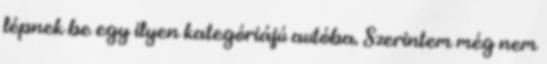
lépnek be egy ilyen kategóriájú autóba. Szerintem még nem